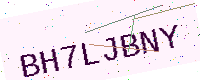
Text: BH7LJBNY